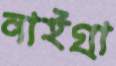
নাইগ্রা